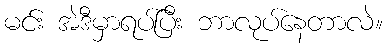
မင်း အဲဒီမှာရပ်ပြီး ဘာလုပ်နေတာလဲ။